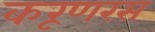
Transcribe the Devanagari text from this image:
करूणरस